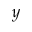
y